Annual report on the working of the lock hospitals in the North-Western Provinces and Oudh
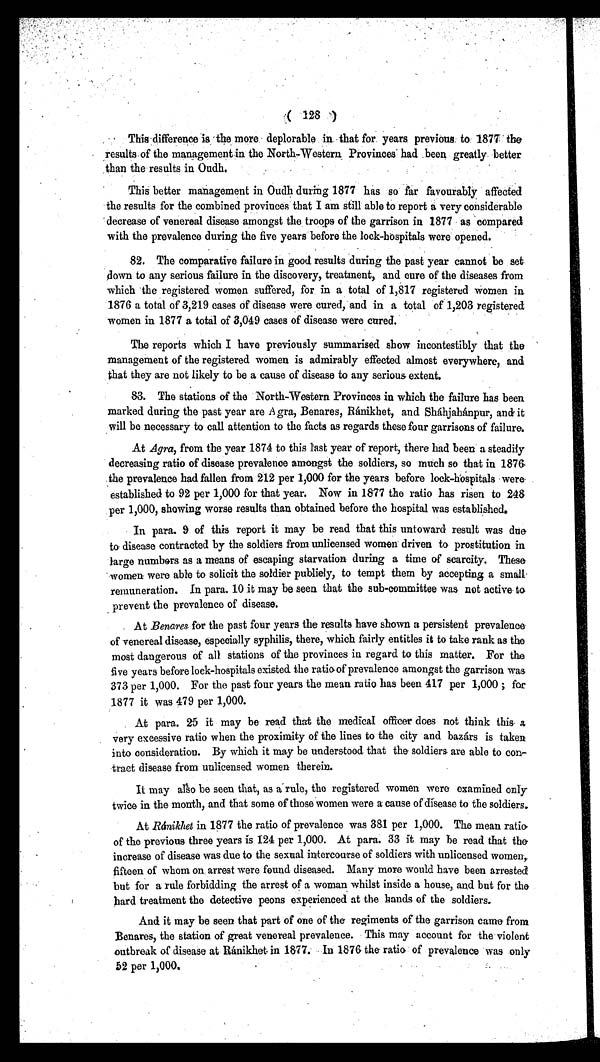
This difference is the more deplorable in that for years previous to 1877 the
results of the management in the North-Western Provinces had been greatly better
than the results in Oudh.
This better management in Oudh during 1877 has so far favourably affected
the results for the combined provinces that I am still able to report a very considerable
decrease of venereal disease amongst the troops of the garrison in 1877 as compared
with the prevalence during the five years before the lock-hospitals were opened.
82. The comparative failure in good results during the past year cannot be set
down to any serious failure in the discovery, treatment, and cure of the diseases from
which the registered women suffered, for in a total of 1,817 registered women in
1876 a total of 3,219 cases of disease were cured, and in a total of 1,203 registered
women in 1877 a total of 3,049 cases of disease were cured
.
The reports which I have previously summarised show incontestibly that the
management of the registered women is admirably effected almost everywhere, and
that they are not likely to be a cause of disease to any serious extent.
83. The stations of the North-Western Provinces in which the failure has been
marked during the past year are Agra, Benares, Ránikhet, and Sháhjahánpur, and it
will be necessary to call attention to the facts as regards these four garrisons of failure.
At Agra, from the year 1874 to this last year of report, there had been a steadily
decreasing ratio of disease prevalence amongst the soldiers, so much so that in 1876
the prevalence had fallen from 212 per 1,000 for the years before lock-hospitals were
established to 92 per 1,000 for that year. Now in 1877 the ratio has risen to 248
per 1,000, showing worse results than obtained before the hospital was established.
In para. 9 of this report it may be read that this untoward result was due
to disease contracted by the soldiers from unlicensed women driven to prostitution in
large numbers as a means of escaping starvation during a time of scarcity. These
women were able to solicit the soldier publicly, to tempt them by accepting a small
remuneration. In para. 10 it may be seen that the sub-committee was not active to
prevent the prevalence of disease.
At Benares for the past four years the results have shown a persistent prevalence
of venereal disease, especially syphilis, there, which fairly entitles it to take rank as the
most dangerous of all stations of the provinces in regard to this matter. For the
five years before lock-hospitals existed the ratio of prevalence amongst the garrison was
373 per 1,000. For the past four years the mean ratio has been 417 per 1,000 ; for
1877 it was 479 per 1,000.
At para. 25 it may be read that the medical officer does not think this a
very excessive ratio when the proximity of the lines to the city and bazárs is taken
into consideration. By which it may be understood that the soldiers are able to con
-
tract disease from unlicensed women therein.
It may also be seen that, as a rule, the registered women were examined only
twice in the mouth, and that some of those women were a cause of disease to the soldiers.
At Ránikhet in 1877 the ratio of prevalence was 38.1 per 1,000. The mean ratio
of the previous three years is 124 per 1,000. At para. 33 it may be read that the
increase of disease was due to the sexual intercourse of soldiers with unlicensed women,
fifteen of whom on arrest were found diseased. Many more would have been arrested
but for a rule forbidding the arrest of a woman whilst inside a house, , and but for the
hard treatment the detective peons experienced at the hands of the soldiers.
And it may be seen that part of one of the regiments of the garrison came from
Benares, the station of great venereal prevalence. This may account for the violent
outbreak of disease at Ránikhet in 1877. In 1876 the ratio : of prevalence was only
52 per 1,000.